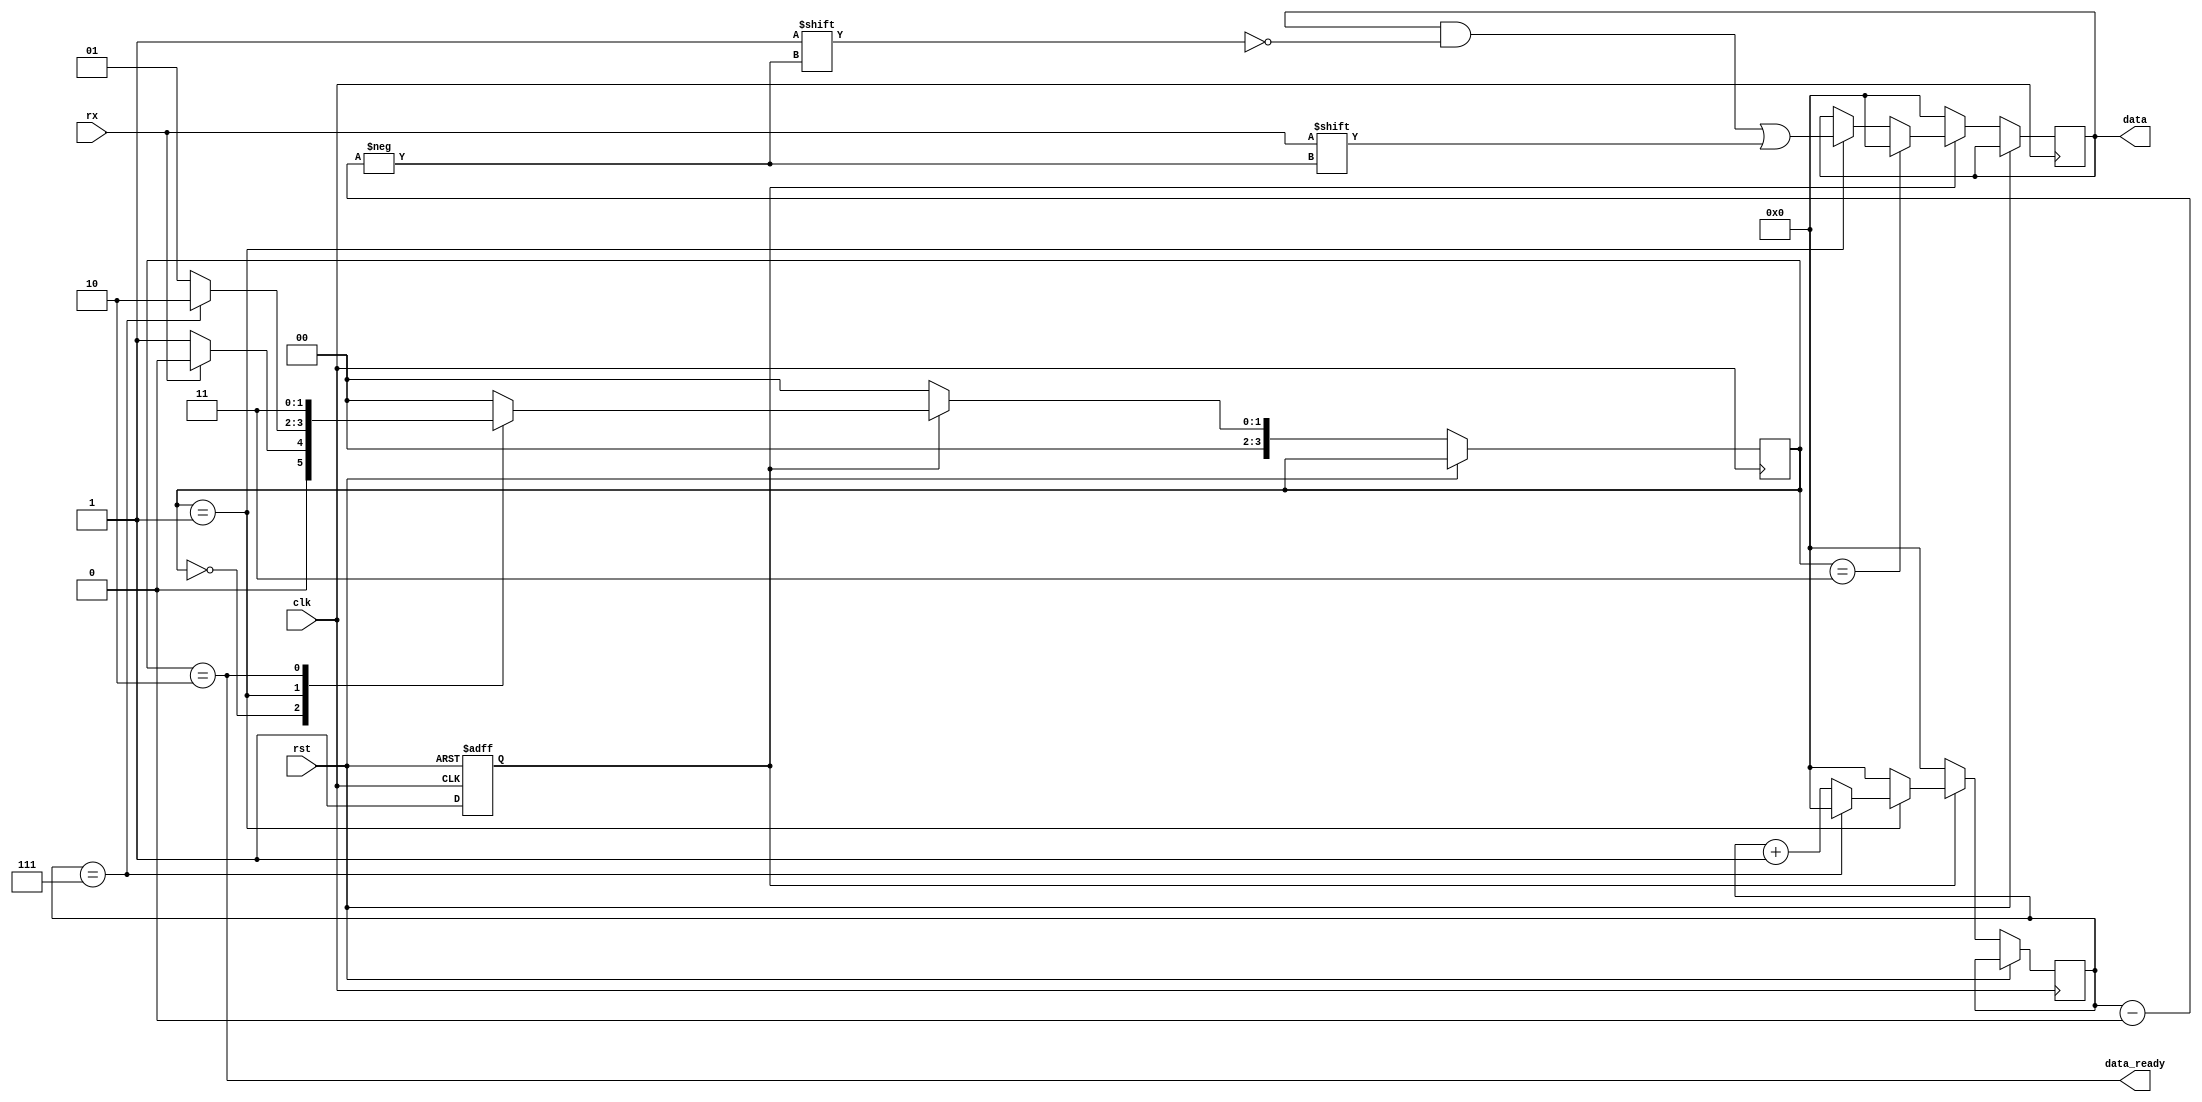

module uart_rx (
  input wire clk, /*input clock must be 9600 baud rate*/
  input wire rst,
  input wire rx,
  output wire [7:0] data,
  output wire data_ready
  );

localparam [3:0] STATE_IDLE = 4'd0, STATE_DATA = 4'd1, STATE_DATA_READY = 4'd2, STATE_STOP = 4'd3;
reg [7:0] count, next_count, latched_data;
reg [3:0] state, next_state;
reg initialized;
// OUTPUT COMBINATIONAL LOGIC
assign data_ready = (state == STATE_DATA_READY);
assign data = latched_data;

//UPDATE STATE SEQUENTIAL LOGIC
always@(posedge clk or posedge rst)
begin
  if(rst)
  begin
    initialized <= 1'd0;
  end
  else if (initialized)
  begin
    state <= next_state;
    count <= next_count;
    if (state == STATE_DATA) latched_data[count] <= rx;
    if (state == STATE_STOP) latched_data <= 8'd0;
  end
  else
  begin
    state <= STATE_IDLE;
    count <= 8'd0;
    latched_data <= 8'd0;
    initialized <= 1'd1;
  end
end

// NEXT STATE COMBINATIONAL LOGIC (Only set 'next_' wires)
always@(state or count or rx)
begin
  next_count = 1'b0;
  next_state = state;
  case(state)
    STATE_IDLE:
    begin
      if(~rx)
      begin
        next_state = STATE_DATA;
      end
      else next_state = STATE_IDLE;
    end

    STATE_DATA:
    begin
      if (count == 8'd7)
      begin
        next_state = STATE_DATA_READY;
      end
      else
      begin
        next_state = STATE_DATA;
        next_count = count + 8'd1;
      end
    end

    STATE_DATA_READY:
    begin
      next_state = STATE_STOP;
    end

    STATE_STOP:
    begin
      next_state = STATE_IDLE;
    end

    default:
    begin
      next_state = STATE_IDLE;
    end

  endcase

end

endmodule